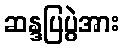
ဆန္ဒပြပွဲအား